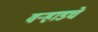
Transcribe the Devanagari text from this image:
वर्‍हाडचे